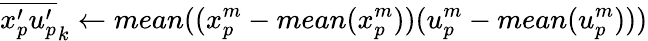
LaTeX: {\overline{{{x_{p}^{\prime}}{u_{p}^{\prime}}}}}_{k}\gets mean((x_{p}^{m}-mean(x_{p}^{m}))(u_{p}^{m}-mean(u_{p}^{m})))